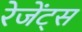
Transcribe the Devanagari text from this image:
रेजेंट्स